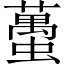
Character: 蠆